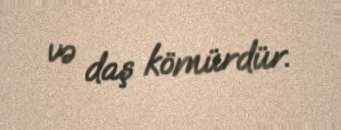
və daş kömürdür.